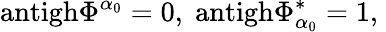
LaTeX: \mathrm{antigh}\Phi^{\alpha_{0}}=0,\; \mathrm{antigh}\Phi_{\alpha_{0}}^{*}=1,\;